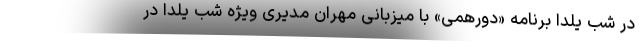
در شب یلدا برنامه «دورهمی» با میزبانی مهران مدیری ویژه شب یلدا در